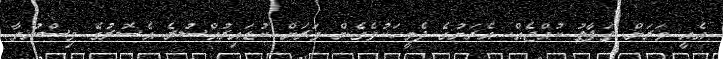
އެއީ ވަރަށް ތަފާތު ކުއްޖެއް. އެރަށުގެ ދެމީހަކުވެގެން ވަރަށް ކުޑައިރުއްސުރެ އެސޮރުގެ ވިސްނުމާ